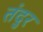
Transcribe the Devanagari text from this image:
तंदुर